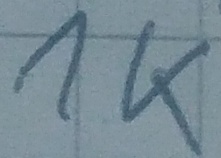
Text: 1K